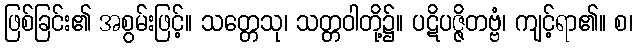
ဖြစ်ခြင်း၏ အစွမ်းဖြင့်။ သတ္တေသု၊ သတ္တဝါတို့၌။ ပဋိပဇ္ဇိတဗ္ဗံ၊ ကျင့်ရာ၏။ စ၊